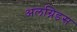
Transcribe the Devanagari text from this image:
अलग्रिडस